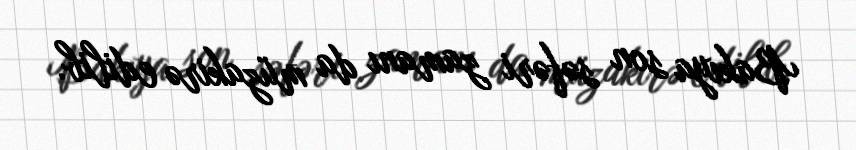
Bakıya son səfəri zamanı da müzakirə edilib.